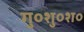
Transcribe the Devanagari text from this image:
गु०शु०श०